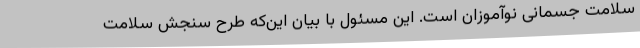
سلامت جسمانی نوآموزان است. این مسئول با بیان این‌که طرح سنجش سلامت